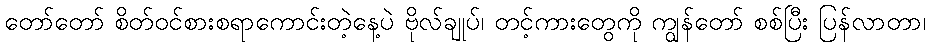
တော်တော် စိတ်ဝင်စားစရာကောင်းတဲ့နေ့ပဲ ဗိုလ်ချုပ်၊ တင့်ကားတွေကို ကျွန်တော် စစ်ပြီး ပြန်လာတာ၊